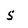
Character: 5